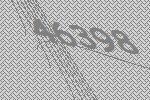
46398